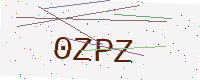
Text: 0ZPZ